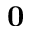
\mathbf { 0 }